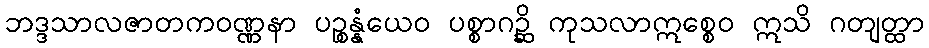
ဘဒ္ဒသာလဇာတကဝဏ္ဏနာ ပဉ္စန္နံယေဝ ပစ္စာဂဉ္ဆိ ကုသလာဣစ္စေဝ ဣသိ ဂတျတ္ထာ